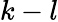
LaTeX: k-l